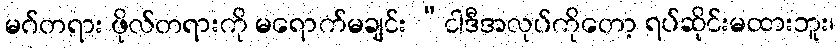
မဂ်တရား ဖိုလ်တရားကို မရောက်မချင်း “ငါဒီအလုပ်ကိုတော့ ရပ်ဆိုင်းမထားဘူး၊